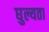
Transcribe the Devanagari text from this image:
घुल्यता